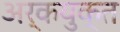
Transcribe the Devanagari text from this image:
अर्कयुक्त